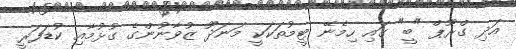
އަދި ގްރޫޕް "ބީ" ގައި ހިމެނޭ ޓީމުތަކަކީ މަނަދޫ ޒުވާނުންގެ ގުޅުމާއި ކުޑަފަރީ